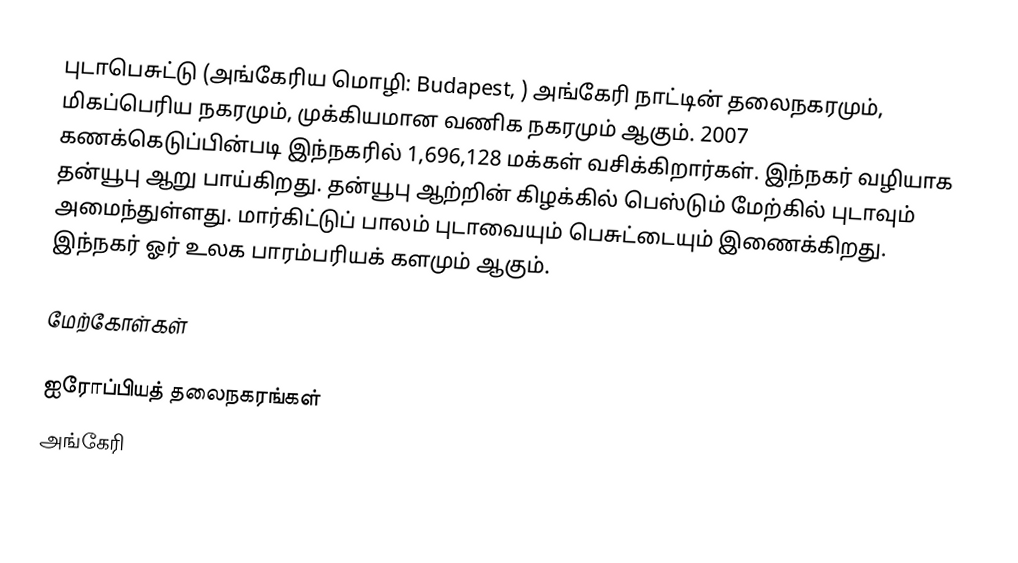
புடாபெசுட்டு (அங்கேரிய மொழி: Budapest, ) அங்கேரி நாட்டின் தலைநகரமும், மிகப்பெரிய நகரமும், முக்கியமான வணிக நகரமும் ஆகும். 2007 கணக்கெடுப்பின்படி இந்நகரில் 1,696,128 மக்கள் வசிக்கிறார்கள். இந்நகர் வழியாக தன்யூபு ஆறு பாய்கிறது. தன்யூபு ஆற்றின் கிழக்கில் பெஸ்டும் மேற்கில் புடாவும் அமைந்துள்ளது. மார்கிட்டுப் பாலம் புடாவையும் பெசுட்டையும் இணைக்கிறது. இந்நகர் ஓர் உலக பாரம்பரியக் களமும் ஆகும்.

மேற்கோள்கள்

ஐரோப்பியத் தலைநகரங்கள்
அங்கேரி